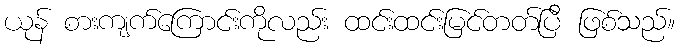
ယုန် စားကျက်ကြောင်းကိုလည်း ထင်းထင်းမြင်တတ်ပြီ ဖြစ်သည်။